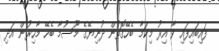
ފައިބައިފައި ވާ އިރު މިކަމާ ބެހޭގޮތުން ދުނިޔޭގެ މޫސުމާ ބެހޭ މާހިރުން އަދި